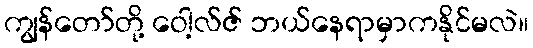
ကျွန်တော်တို့ ဝေါ့လ်ဇ် ဘယ်နေရာမှာကနိုင်မလဲ။